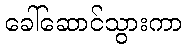
ခေါ်ဆောင်သွားကာ